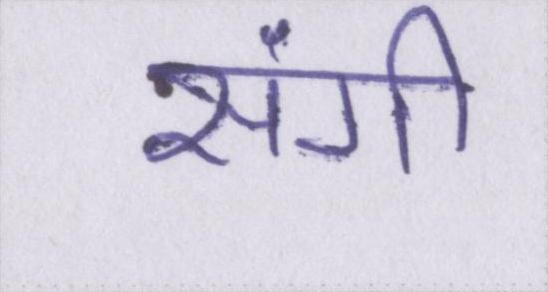
संगी